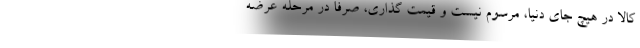
کالا در هیچ جای دنیا، مرسوم نیست و قیمت گذاری، صرفا در مرحله عرضه